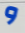
و